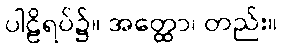
ပါဠိရပ်၌။ အတ္ထော၊ တည်း။